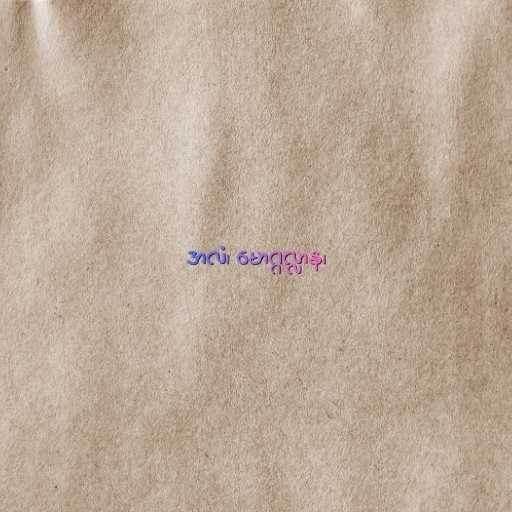
အလံ၊ မောဂ္ဂလ္လာန၊